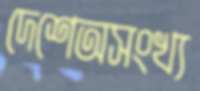
দেশেঅসংখ্য